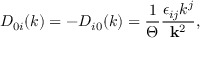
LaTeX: D _ { 0 i } ( k ) = - D _ { i 0 } ( k ) = \frac 1 \Theta \frac { \epsilon _ { i j } k ^ { j } } { { \bf k } ^ { 2 } } ,